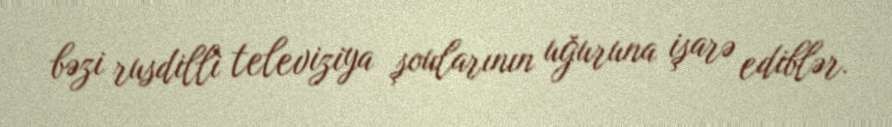
bəzi rusdilli televiziya şoularının uğuruna işarə ediblər.